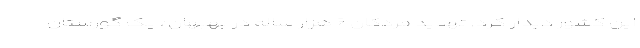
این کشور دیدار کرد. تهدید مردگان ۶ هزار ساله در بهبهان/ یک گورستان